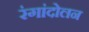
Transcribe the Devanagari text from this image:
रंगांदोलन